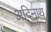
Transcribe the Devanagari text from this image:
अदिनाथ